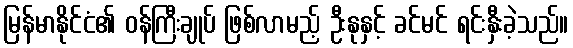
မြန်မာနိုင်ငံ၏ ဝန်ကြီးချုပ် ဖြစ်လာမည့် ဦးနုနှင့် ခင်မင် ရင်းနှီးခဲ့သည်။